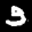
Label: 3